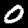
Label: 0